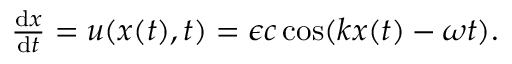
\begin{array} { r } { \frac { \mathrm { d } x } { \mathrm { d } t } = u ( x ( t ) , t ) = \epsilon c \cos ( k x ( t ) - \omega t ) . } \end{array}